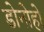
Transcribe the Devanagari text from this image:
डोनोहो